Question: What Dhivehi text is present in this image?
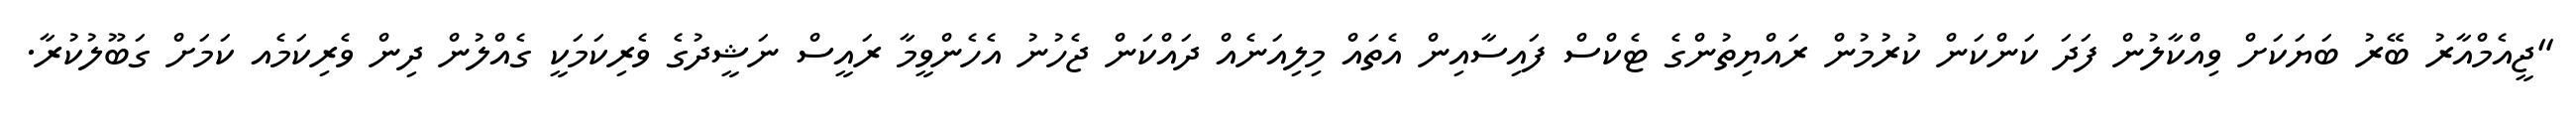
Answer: "ޖީއެމްއާރު ބޭރު ބަޔަކަށް ވިއްކާލުން ފަދަ ކަންކަން ކުރުމުން ރައްޔިތުންގެ ޓެކްސް ފައިސާއިން އެތައް މިލިއަނެއް ދައްކަން ޖެހުނު އެހެންވީމާ ރައީސް ނަޝީދުގެ ވެރިކަމަކީ ގެއްލުން ދިން ވެރިކަމެއ ކަމަށް ގަބޫލުކުރާ.